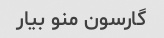
گارسون منو بیار